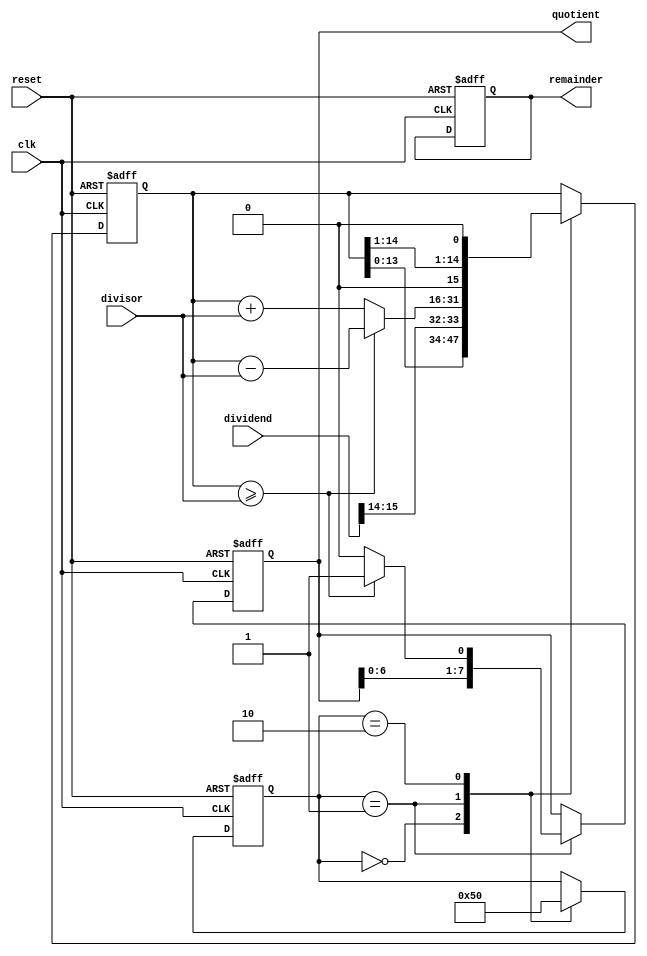
module non_restoring_divider (
  input wire clk,
  input wire reset,
  input wire [15:0] dividend,
  input wire [7:0] divisor,
  output reg [7:0] quotient,
  output reg [7:0] remainder
);

reg [15:0] partial_remainder;
reg [2:0] state;

always @(posedge clk or posedge reset) begin
  if(reset) begin
    state <= 3'b000;
    partial_remainder <= 0;
    quotient <= 0;
    remainder <= 0;
  end 
  else begin
    case(state)
      3'b000: begin // Shift left
        partial_remainder <= {partial_remainder[13:0], dividend[15:14]};
        state <= 3'b001;
      end
      3'b001: begin // Subtract divisor
        if(partial_remainder >= divisor) begin
          partial_remainder <= partial_remainder - divisor;
          quotient <= {quotient[6:0], 1'b1};
        end
        else begin
          partial_remainder <= partial_remainder + divisor;
          quotient <= {quotient[6:0], 1'b0};
        end
        state <= 3'b010;
      end
      3'b010: begin // Shift right
        partial_remainder <= {partial_remainder[14:1], 1'b0};
        state <= 3'b000;
      end
    endcase
  end
end

endmodule